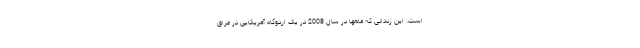
است. این زندانی که ماهها در سال 2008 در یک اردوگاه آمریکایی در عراق